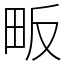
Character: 畈